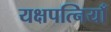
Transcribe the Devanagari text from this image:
यक्षपत्नियाँ